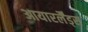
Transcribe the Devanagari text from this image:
आयारर्लैंड्स